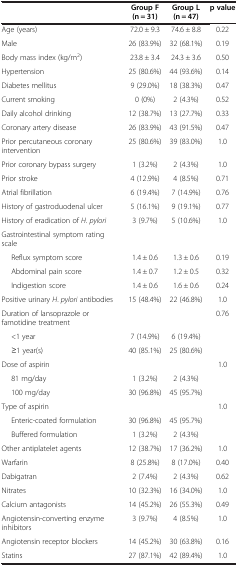
<table><thead><tr><td><b> </b></td><td><b>Group F (n = 31)</b></td><td><b>Group L (n = 47)</b></td><td><b>p value</b></td></tr></thead><tbody><tr><td>Age (years)</td><td>72.0 ± 9.3</td><td>74.6 ± 8.8</td><td>0.22</td></tr><tr><td>Male</td><td>26 (83.9%)</td><td>32 (68.1%)</td><td>0.19</td></tr><tr><td>Body mass index (kg/m<sup>2</sup>)</td><td>23.8 ± 3.4</td><td>24.3 ± 3.6</td><td>0.50</td></tr><tr><td>Hypertension</td><td>25 (80.6%)</td><td>44 (93.6%)</td><td>0.14</td></tr><tr><td>Diabetes mellitus</td><td>9 (29.0%)</td><td>18 (38.3%)</td><td>0.47</td></tr><tr><td>Current smoking</td><td>0 (0%)</td><td>2 (4.3%)</td><td>0.52</td></tr><tr><td>Daily alcohol drinking</td><td>12 (38.7%)</td><td>13 (27.7%)</td><td>0.33</td></tr><tr><td>Coronary artery disease</td><td>26 (83.9%)</td><td>43 (91.5%)</td><td>0.47</td></tr><tr><td>Prior percutaneous coronary intervention</td><td>25 (80.6%)</td><td>39 (83.0%)</td><td>1.0</td></tr><tr><td>Prior coronary bypass surgery</td><td>1 (3.2%)</td><td>2 (4.3%)</td><td>1.0</td></tr><tr><td>Prior stroke</td><td>4 (12.9%)</td><td>4 (8.5%)</td><td>0.71</td></tr><tr><td>Atrial fibrillation</td><td>6 (19.4%)</td><td>7 (14.9%)</td><td>0.76</td></tr><tr><td>History of gastroduodenal ulcer</td><td>5 (16.1%)</td><td>9 (19.1%)</td><td>0.77</td></tr><tr><td>History of eradication of <i>H</i>. <i>pylori</i></td><td>3 (9.7%)</td><td>5 (10.6%)</td><td>1.0</td></tr><tr><td>Gastrointestinal symptom rating scale</td><td> </td><td> </td><td> </td></tr><tr><td>Reflux symptom score</td><td>1.4 ± 0.6</td><td>1.3 ± 0.6</td><td>0.19</td></tr><tr><td>Abdominal pain score</td><td>1.4 ± 0.7</td><td>1.2 ± 0.5</td><td>0.32</td></tr><tr><td>Indigestion score</td><td>1.4 ± 0.6</td><td>1.6 ± 0.6</td><td>0.24</td></tr><tr><td>Positive urinary <i>H</i>. <i>pylori</i> antibodies</td><td>15 (48.4%)</td><td>22 (46.8%)</td><td>1.0</td></tr><tr><td>Duration of lansoprazole or famotidine treatment</td><td> </td><td> </td><td>0.76</td></tr><tr><td>&lt;1 year</td><td>7 (14.9%)</td><td>6 (19.4%)</td><td> </td></tr><tr><td>≥1 year(s)</td><td>40 (85.1%)</td><td>25 (80.6%)</td><td> </td></tr><tr><td>Dose of aspirin</td><td> </td><td> </td><td>1.0</td></tr><tr><td>81 mg/day</td><td>1 (3.2%)</td><td>2 (4.3%)</td><td> </td></tr><tr><td>100 mg/day</td><td>30 (96.8%)</td><td>45 (95.7%)</td><td> </td></tr><tr><td>Type of aspirin</td><td> </td><td> </td><td>1.0</td></tr><tr><td>Enteric-coated formulation</td><td>30 (96.8%)</td><td>45 (95.7%)</td><td> </td></tr><tr><td>Buffered formulation</td><td>1 (3.2%)</td><td>2 (4.3%)</td><td> </td></tr><tr><td>Other antiplatelet agents</td><td>12 (38.7%)</td><td>17 (36.2%)</td><td>1.0</td></tr><tr><td>Warfarin</td><td>8 (25.8%)</td><td>8 (17.0%)</td><td>0.40</td></tr><tr><td>Dabigatran</td><td>2 (7.4%)</td><td>2 (4.3%)</td><td>0.62</td></tr><tr><td>Nitrates</td><td>10 (32.3%)</td><td>16 (34.0%)</td><td>1.0</td></tr><tr><td>Calcium antagonists</td><td>14 (45.2%)</td><td>26 (55.3%)</td><td>0.49</td></tr><tr><td>Angiotensin-converting enzyme inhibitors</td><td>3 (9.7%)</td><td>4 (8.5%)</td><td>1.0</td></tr><tr><td>Angiotensin receptor blockers</td><td>14 (45.2%)</td><td>30 (63.8%)</td><td>0.16</td></tr><tr><td>Statins</td><td>27 (87.1%)</td><td>42 (89.4%)</td><td>1.0</td></tr></tbody></table>